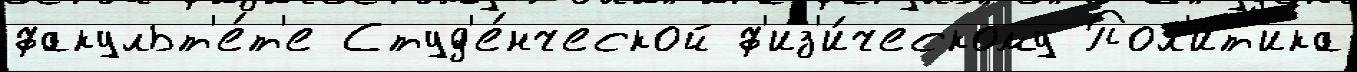
факульт'е́т'е Студ'е́нческой ф'из'и́ческому Пол'и́т'ика